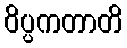
ဝိပ္ပကတာတိ